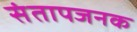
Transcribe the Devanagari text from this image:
संतापजनक